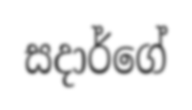
සදාර්ගේ